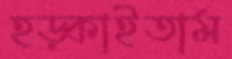
হড়্‌কাইতাম